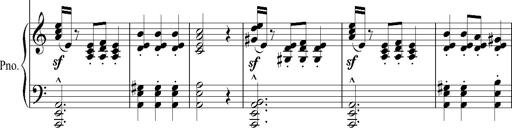
Title: SoirÃ©es de Vienne
Composer: Franz Liszt